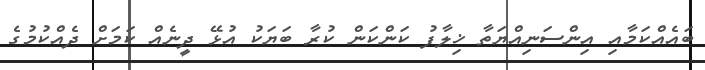
ބައެއްކަމާއި އިންސަނިއްޔަތާ ޚިލާފު ކަންކަން ކުރާ ބަޔަކު އުޅޭ ދީނެއް ކަމަށް ދެއްކުމުގެ